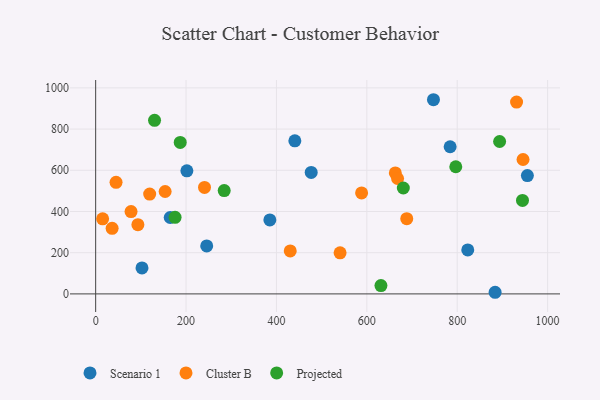
{"axis": {"x": "Experience", "y": "Sales"}, "legend": ["Cluster B", "Projected", "Scenario 1"], "data": [{"x": "385.4", "y": 359.1, "type": "Scenario 1"}, {"x": "164.9", "y": 370.8, "type": "Scenario 1"}, {"x": "784.3", "y": 714.1, "type": "Scenario 1"}, {"x": "102.5", "y": 126.0, "type": "Scenario 1"}, {"x": "440.7", "y": 742.7, "type": "Scenario 1"}, {"x": "201.8", "y": 597.4, "type": "Scenario 1"}, {"x": "883.8", "y": 7.9, "type": "Scenario 1"}, {"x": "823.3", "y": 213.4, "type": "Scenario 1"}, {"x": "747.4", "y": 942.4, "type": "Scenario 1"}, {"x": "476.9", "y": 589.4, "type": "Scenario 1"}, {"x": "955.2", "y": 574.1, "type": "Scenario 1"}, {"x": "245.7", "y": 233.0, "type": "Scenario 1"}, {"x": "45.1", "y": 541.4, "type": "Cluster B"}, {"x": "931.3", "y": 931.2, "type": "Cluster B"}, {"x": "240.8", "y": 516.7, "type": "Cluster B"}, {"x": "540.8", "y": 199.5, "type": "Cluster B"}, {"x": "153.7", "y": 497.1, "type": "Cluster B"}, {"x": "36.4", "y": 318.5, "type": "Cluster B"}, {"x": "119.5", "y": 484.4, "type": "Cluster B"}, {"x": "78.3", "y": 399.8, "type": "Cluster B"}, {"x": "663.0", "y": 587.0, "type": "Cluster B"}, {"x": "588.4", "y": 490.0, "type": "Cluster B"}, {"x": "15.4", "y": 364.3, "type": "Cluster B"}, {"x": "93.4", "y": 336.0, "type": "Cluster B"}, {"x": "688.3", "y": 365.1, "type": "Cluster B"}, {"x": "430.5", "y": 208.8, "type": "Cluster B"}, {"x": "945.6", "y": 652.2, "type": "Cluster B"}, {"x": "668.0", "y": 560.2, "type": "Cluster B"}, {"x": "284.4", "y": 501.4, "type": "Projected"}, {"x": "680.7", "y": 514.0, "type": "Projected"}, {"x": "130.3", "y": 842.5, "type": "Projected"}, {"x": "796.8", "y": 617.0, "type": "Projected"}, {"x": "175.7", "y": 371.7, "type": "Projected"}, {"x": "631.2", "y": 40.5, "type": "Projected"}, {"x": "893.8", "y": 739.6, "type": "Projected"}, {"x": "187.1", "y": 735.3, "type": "Projected"}, {"x": "944.4", "y": 453.9, "type": "Projected"}]}